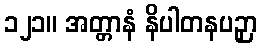
၁၂၁။ အတ္တာနံ နိပါတနပဉှာ